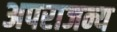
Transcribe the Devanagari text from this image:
अपराजन्य